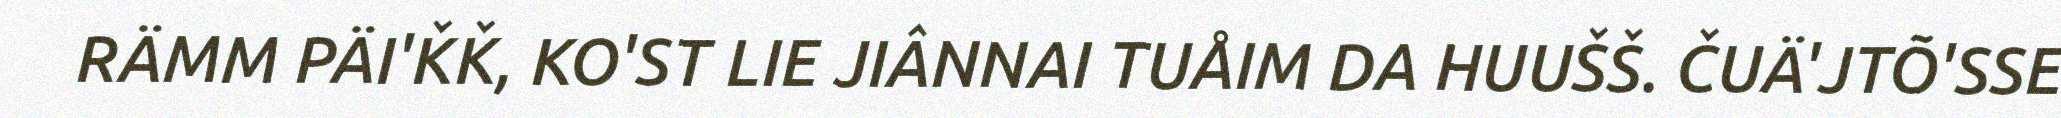
RÄMM PÄI'ǨǨ, KO'ST LIE JIÂNNAI TUÅIM DA HUUŠŠ. ČUÄ'JTÕ'SSE